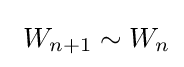
\ W_{n+1}\sim W_{n}